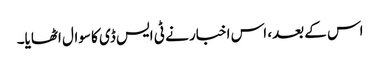
اس کے بعد، اس اخبار نے ٹی ایس ڈی کا سوال اٹھایا۔